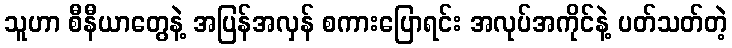
သူဟာ စီနီယာတွေနဲ့ အပြန်အလှန် စကားပြောရင်း အလုပ်အကိုင်နဲ့ ပတ်သတ်တဲ့